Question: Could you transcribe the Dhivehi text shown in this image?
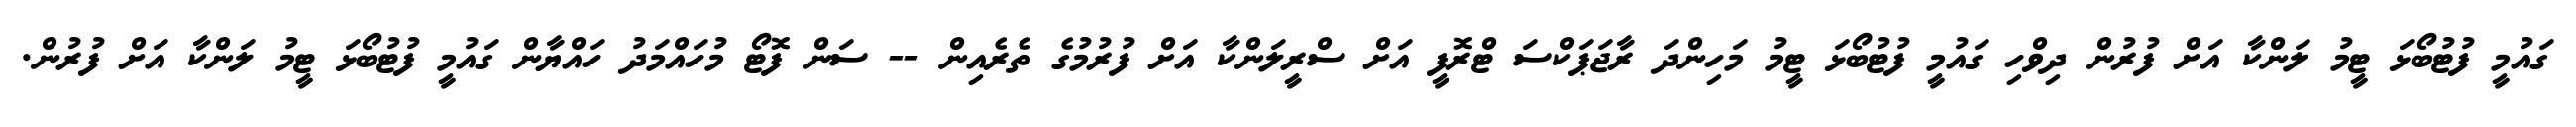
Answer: ގައުމީ ފުޓުބޯޅަ ޓީމު ލަންކާ އަށް ފުރުން ދިވްހި ގައުމީ ފުޓުބޯޅަ ޓީމު މަހިންދަ ރާޖަޕަކްސަ ޓްރޮފީ އަށް ސްރީލަންކާ އަށް ފުރުމުގެ ތެރެއިން -- ސަން ފޮޓޯ މުހައްމަދު ހައްޔާން ގައުމީ ފުޓުބޯޅަ ޓީމު ލަންކާ އަށް ފުރުން.